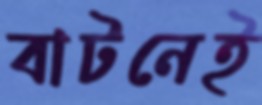
বাটনেই